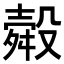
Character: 𭮽